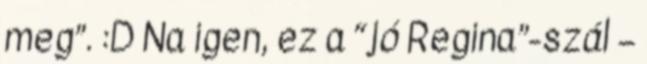
meg”. :D Na igen, ez a “jó Regina”-szál –